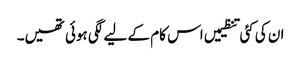
ان کی کئی تنظیمیں اس کام کے لیے لگی ہوئی تھیں۔